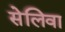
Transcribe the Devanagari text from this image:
सेलिवा